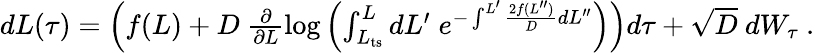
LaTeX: \begin{array}{r}{dL(\tau)=\left(f(L)+D\ \frac{\partial}{\partial L}\log\left(\int_{L_{\mathrm{ts}}}^{L}dL^{\prime}\; e^{-\int^{L^{\prime}}\frac{2f(L^{\prime\prime})}{D}dL^{\prime\prime}}\right)\right)d\tau+\sqrt{D}\ dW_{\tau}\ .}\end{array}